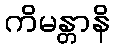
ကိမန္တာနိ